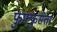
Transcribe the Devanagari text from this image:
फुफ्फुसेतर